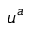
u ^ { a }